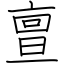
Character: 亶